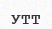
УТТ